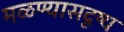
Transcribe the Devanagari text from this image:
मळण्यासदृष्य